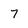
Character: 7